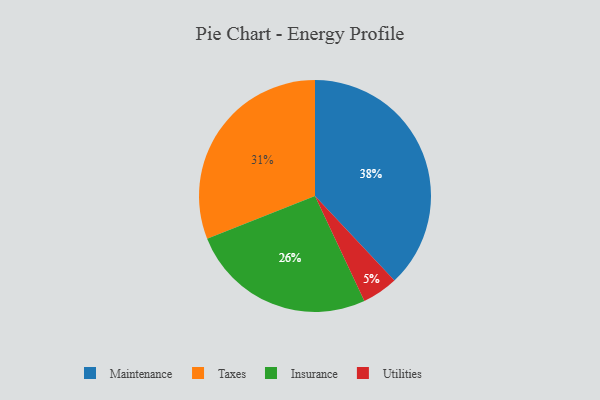
{"axis": {"x": "Category", "y": "Percentage"}, "legend": ["Insurance", "Maintenance", "Taxes", "Utilities"], "data": [{"x": "Utilities", "y": 5, "type": "Utilities"}, {"x": "Insurance", "y": 26, "type": "Insurance"}, {"x": "Taxes", "y": 31, "type": "Taxes"}, {"x": "Maintenance", "y": 38, "type": "Maintenance"}]}